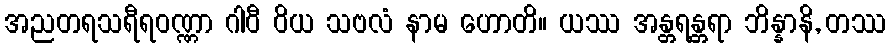
အညတရသရီရဝဏ္ဏာ ဂါဝီ ဝိယ သဗလံ နာမ ဟောတိ။ ယဿ အန္တရန္တရာ ဘိန္နာနိ, တဿ